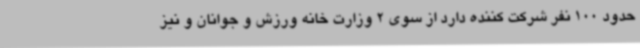
حدود 100 نفر شرکت کننده دارد از سوی 2 وزارت خانه ورزش و جوانان و نیز